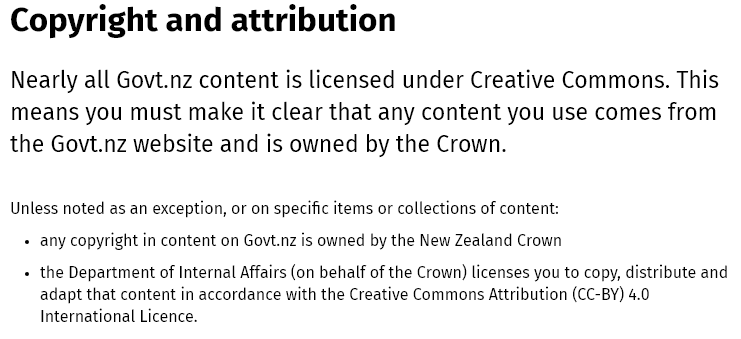
Copyright    and    attribution
  Nearly   all Govt.nz  content is   licensed   under   Creative   Commons.    This
  means    you  must   make it   clear that  any  content   you   use  comes   from
  the  Govt.nz  website    and  is owned    by the  Crown.
  Unless noted as an exception, or on specific items or collections of content:
   + any copyright in content on Govt.nz is owned by the New Zealand Crown.
   +
     the Department of Internal Affairs (on behalf of the Crown) licenses you to copy, distribute and
     adapt that content in accordance with the Creative Commons Attribution (CC-BY) 4.0
     International Licence.